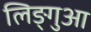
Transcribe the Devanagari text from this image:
लिङ्गुआ